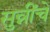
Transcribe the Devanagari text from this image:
सुन्नींचे